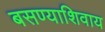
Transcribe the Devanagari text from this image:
बसण्याशिवाय